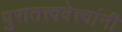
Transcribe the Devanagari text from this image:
पुरातत्त्ववेत्त्यांनी